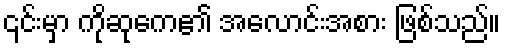
၎င်းမှာ ကိုဆုကေ၏ အလောင်းအစား ဖြစ်သည်။